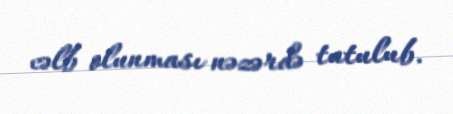
cəlb olunması nəzərdə tutulub.